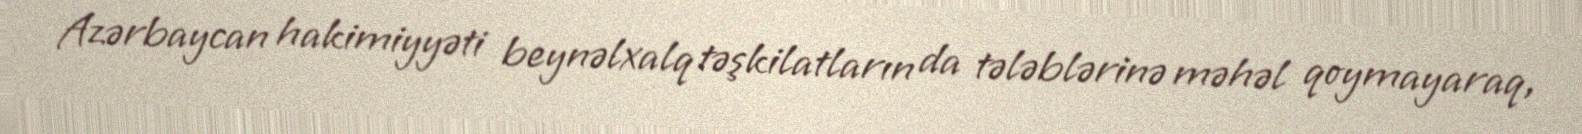
Azərbaycan hakimiyyəti beynəlxalq təşkilatların da tələblərinə məhəl qoymayaraq,